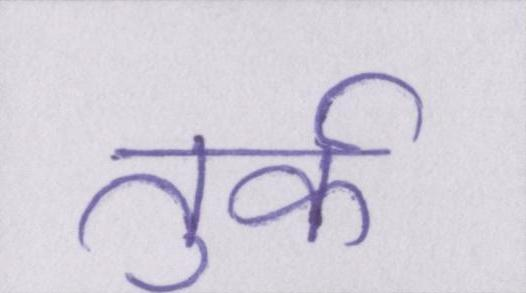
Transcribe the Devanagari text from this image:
तुर्क